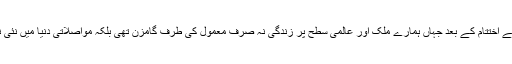
1947 ہندوستان کی آزادی اور دوسری عالمی جنگ کے اختتام کے بعد جہاں ہمارے ملک اور عالمی سطح پر زندگی نہ صرف معمول کی طرف گامزن تھی بلکہ مواصلاتی دنیا میں نئی نئی ایجادات نے ترقی کے نئے ابواب کا آغاز کریا تھا۔